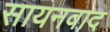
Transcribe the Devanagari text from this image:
सायनवाद